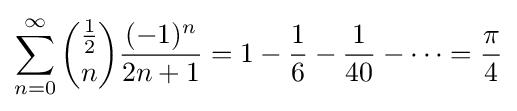
\sum _{n=0}^{\infty }{\binom {\frac {1}{2}}{n}}{\frac {(-1)^{n}}{2n+1}}=1-{\frac {1}{6}}-{\frac {1}{40}}-\cdots ={\frac {\pi }{4}}